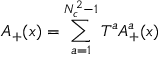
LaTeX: A _ { + } ( x ) = \sum _ { a = 1 } ^ { N _ { c } ^ { 2 } - 1 } T ^ { a } A _ { + } ^ { a } ( x )